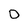
Character: 0